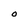
Character: O